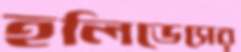
হলিডেসের